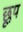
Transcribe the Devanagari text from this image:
छूप